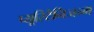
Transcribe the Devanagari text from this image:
प्यूरिटैनिजन्म